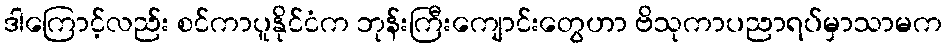
ဒါကြောင့်လည်း စင်ကာပူနိုင်ငံက ဘုန်းကြီးကျောင်းတွေဟာ ဗိသုကာပညာရပ်မှာသာမက